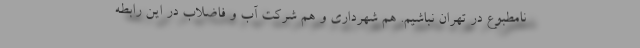
نامطبوع در تهران نباشیم. هم شهرداری و هم شرکت آب و فاضلاب در این رابطه